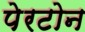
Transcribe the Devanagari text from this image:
पेरटोन